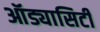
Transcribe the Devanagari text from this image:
ऑड्यासिटी